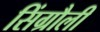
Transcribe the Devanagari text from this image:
सिंग्रौली